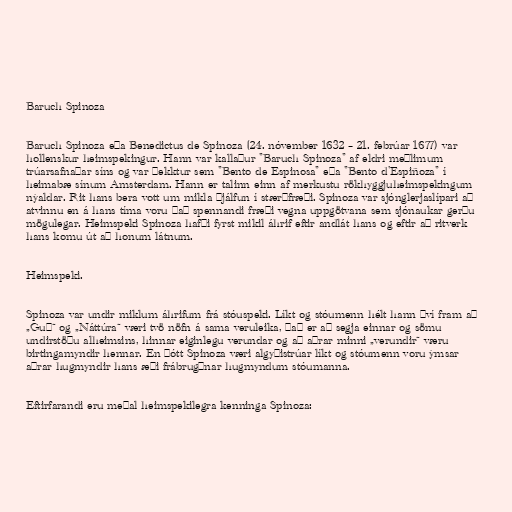
Baruch Spinoza

Baruch Spinoza eða Benedictus de Spinoza (24. nóvember 1632 – 21. febrúar 1677) var
hollenskur heimspekingur. Hann var kallaður "Baruch Spinoza" af eldri meðlimum
trúarsafnaðar síns og var þekktur sem "Bento de Espinosa" eða "Bento d'Espiñoza" í
heimabæ sínum Amsterdam. Hann er talinn einn af merkustu rökhyggjuheimspekingum
nýaldar. Rit hans bera vott um mikla þjálfun í stærðfræði. Spinoza var sjónglerjaslípari að
atvinnu en á hans tíma voru það spennandi fræði vegna uppgötvana sem sjónaukar gerðu
mögulegar. Heimspeki Spinoza hafði fyrst mikil áhrif eftir andlát hans og eftir að ritverk
hans komu út að honum látnum.

Heimspeki.

Spinoza var undir miklum áhrifum frá stóuspeki. Líkt og stóumenn hélt hann því fram að
„Guð“ og „Náttúra“ væri tvö nöfn á sama veruleika, það er að segja einnar og sömu
undirstöðu alheimsins, hinnar eiginlegu verundar og að aðrar minni „verundir“ væru
birtingamyndir hennar. En þótt Spinoza væri algyðistrúar líkt og stóumenn voru ýmsar
aðrar hugmyndir hans æði frábrugðnar hugmyndum stóumanna.

Eftirfarandi eru meðal heimspekilegra kenninga Spinoza: